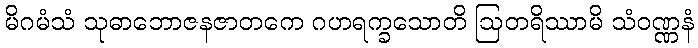
မိဂမံသံ သုဓာဘောဇနဇာတကေ ဂဟရက္ခသောတိ ဩတရိဿာမိ သံဝဏ္ဏနံ